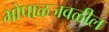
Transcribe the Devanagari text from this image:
भोपाळजवळील